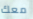
معك